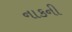
નાકની